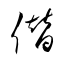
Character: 僣